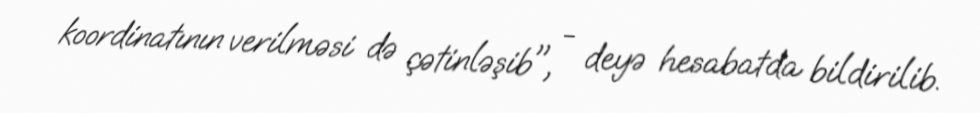
koordinatının verilməsi də çətinləşib", - deyə hesabatda bildirilib.